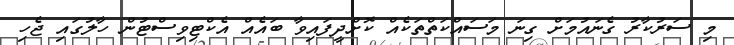
މި ސަރުކާރު ގެނައުމަށް ގިނަ މަސައްކަތްތަކެއް ކޮށްދީފައިވާ ބައެއް އެކްޓިވިސްޓުން ހާލުގައި ޖެހި